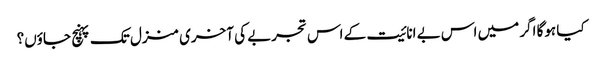
کیا ہوگا اگر میں اس بے انائیت کے اس تجربے کی آخری منزل تک پہنچ جاؤں؟